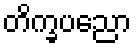
တိက္ခပညော